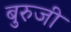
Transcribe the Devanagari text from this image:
बुरुजी